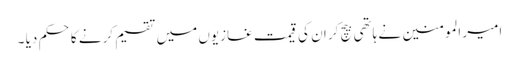
امیر المومنین نے ہاتھی بیچ کر ان کی قیمت غازیوں میں تقسیم کرنے کا حکم دیا ۔